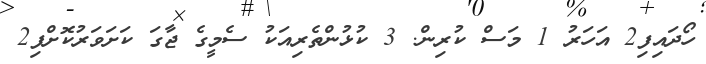
ހޯދައިފި2 އަހަރު 1 މަސް ކުރިން. 3 ކުޅުންތެރިއަކު ސެމީގެ ޖާގަ ކަށަވަރުކޮށްފި2